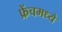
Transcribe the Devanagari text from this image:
फ्रेंचमध्ये